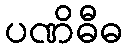
ပဏိဓီဓ